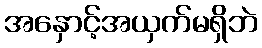
အနှောင့်အယှက်မရှိဘဲ